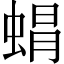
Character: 𮔙